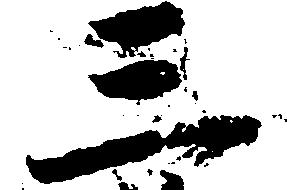
三